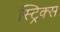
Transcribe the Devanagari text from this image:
स्ट्रिक्स